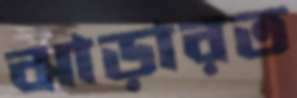
ঝাড়ারত